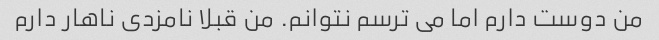
من دوست دارم اما می ترسم نتوانم. من قبلا نامزدی ناهار دارم